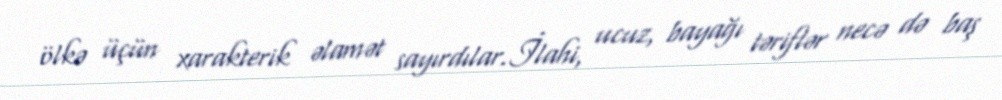
ölkə üçün xarakterik əlamət sayırdılar.İlahi, ucuz, bayağı təriflər necə də baş